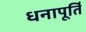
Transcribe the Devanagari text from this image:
धनापूर्ति